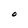
Character: o